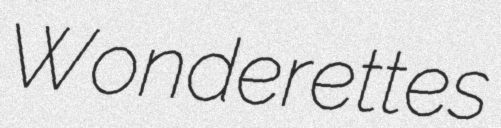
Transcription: Wonderettes